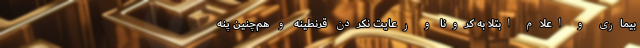
بیماری و اعلام ابتلا به کرونا و رعایت نکردن قرنطینه و هم‌چنین پنه